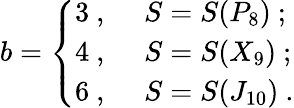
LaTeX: b=\left\{ \begin{array}{ll}{{3\ ,\ }}&{{S=S(P_{8})\ ;}}\\ {{4\ ,\ }}&{{S=S(X_{9})\ ;}}\\ {{6\ ,\ }}&{{S=S(J_{10})\ .}}\end{array}\right.